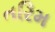
તરિમ